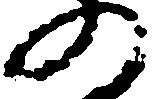
の